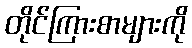
တိုင်ကြားစာများကို